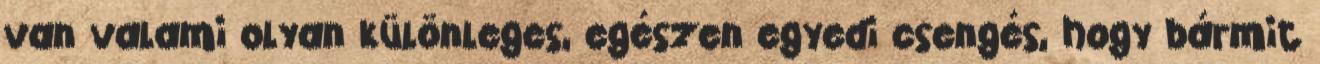
van valami olyan különleges, egészen egyedi csengés, hogy bármit